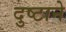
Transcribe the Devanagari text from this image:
दुष्टाने